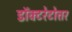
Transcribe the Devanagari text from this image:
डॉक्टरेटोत्तर